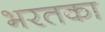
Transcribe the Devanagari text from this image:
भरतका